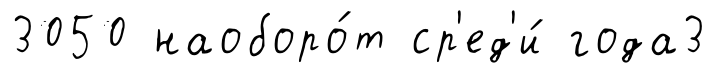
3050 наоборо́т ср'ед'и́ года3